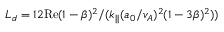
L _ { d } = 1 2 \mathrm { R e } ( 1 - \beta ) ^ { 2 } / ( k _ { | | } ( a _ { 0 } / v _ { A } ) ^ { 2 } ( 1 - 3 \beta ) ^ { 2 } ) )